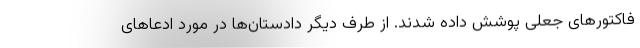
فاکتورهای جعلی پوشش داده شدند. از طرف دیگر دادستان‌ها در مورد ادعاهای